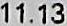
11.13